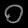
Digit: ၀